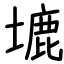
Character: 塶